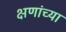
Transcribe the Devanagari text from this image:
क्षणांच्या